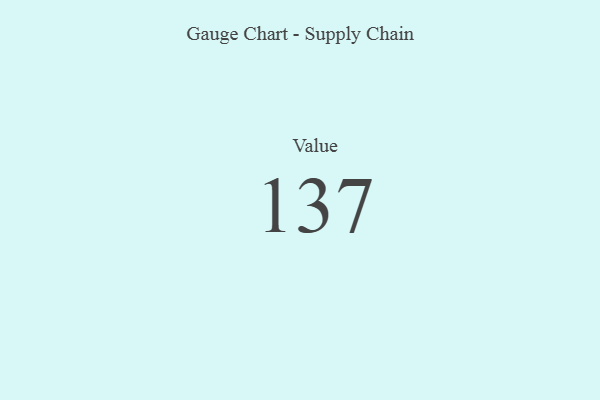
{"axis": {"x": "Metric", "y": "Value"}, "legend": [""], "data": [{"x": "Value", "y": 137, "type": ""}]}